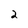
Character: 2